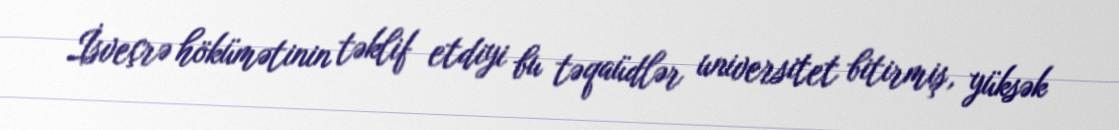
İsveçrə hökümətinin təklif etdiyi bu təqaüdlər universitet bitirmiş, yüksək